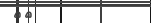
١٤